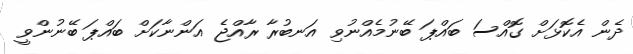
ދެން އެކޮޅަށް ގޮއްސަ ބައްޕަ ބޭނުމެއްނުވި އަނބުރާ ރާއްޖެ އަންނާކަށް ބައްޕަ ބޭނުންވީ